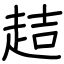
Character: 趌